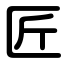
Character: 匠